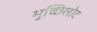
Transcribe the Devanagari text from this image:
मुच्छिलोट